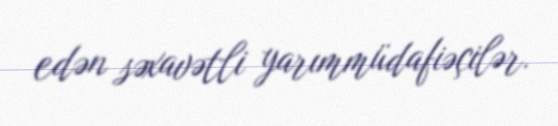
edən səxavətli yarımmüdafiəçilər.